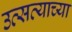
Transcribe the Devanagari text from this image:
उत्सव्याच्या